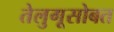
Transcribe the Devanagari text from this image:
तेलुगूसोबत